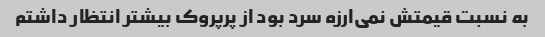
به نسبت قیمتش نمی‌ارزه سرد بود از پرپروک بیشتر انتظار داشتم